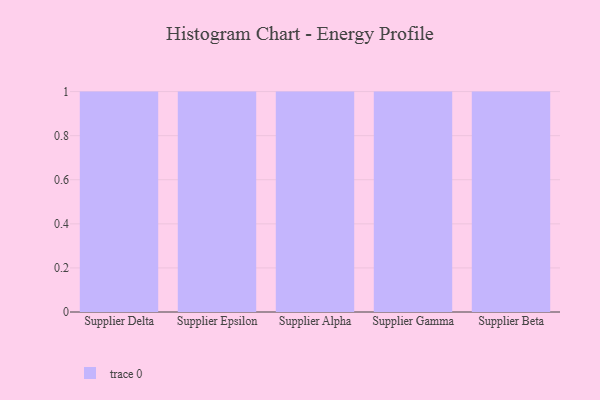
{"axis": {"x": "Supplier", "y": "LTV (USD)"}, "legend": [""], "data": [{"x": "Supplier Delta", "y": 35, "type": ""}, {"x": "Supplier Epsilon", "y": 96, "type": ""}, {"x": "Supplier Alpha", "y": 22, "type": ""}, {"x": "Supplier Gamma", "y": 15, "type": ""}, {"x": "Supplier Beta", "y": 69, "type": ""}]}